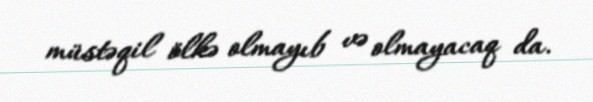
müstəqil ölkə olmayıb və olmayacaq da.